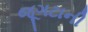
જૂગટાની